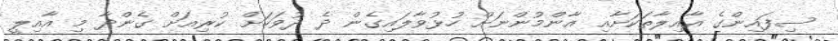
ސިފައިންގެ އާއިލާތަކަށާއި އާންމުންނަށް ހުޅުވާލައިގެން ދެ ދުވަހަށް ކުރިއަށް ގެންދާ މި އާއިލީ